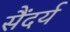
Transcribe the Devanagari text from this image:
सैंदर्य